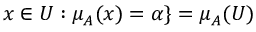
x \in { U } : \mu _ { A } ( x ) = \alpha \} = \mu _ { A } ( U )